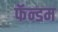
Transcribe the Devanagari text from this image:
फॅन्डम